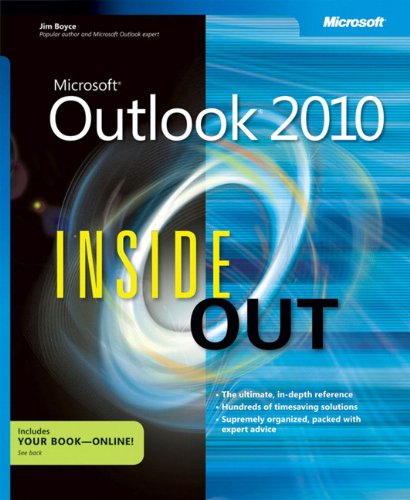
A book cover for Microsoft Outlook 2010 Inside Out; Jim Boyce; Computers & Technology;